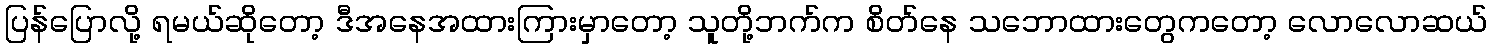
ပြန်ပြောလို့ ရမယ်ဆိုတော့ ဒီအနေအထားကြားမှာတော့ သူတို့ဘက်က စိတ်နေ သဘောထားတွေကတော့ လောလောဆယ်